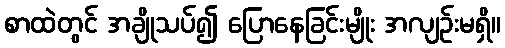
စာထဲတွင် အချိုသပ်၍ ပြောနေခြင်းမျိုး အလျဉ်းမရှိ။